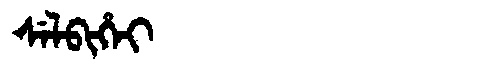
Manchu: ᠰᡝᠯᠪᡳᡥᡝᡳ
Romanization: SELBIHEI